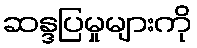
ဆန္ဒပြမှုများကို